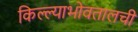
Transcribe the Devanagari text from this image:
किल्ल्याभोवतालची